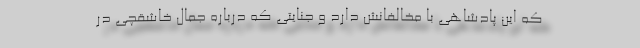
که این پادشاهی با مخالفانش دارد و جنایتی که درباره جمال خاشقچی در